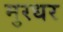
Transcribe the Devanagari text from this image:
मुरधर